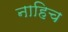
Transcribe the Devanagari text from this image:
नाहिच